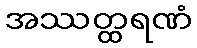
အဿတ္ထရဏံ